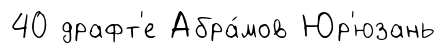
40 драфт'е Абра́мов Юр'юзань